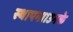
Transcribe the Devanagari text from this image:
स्थापना।उनके